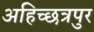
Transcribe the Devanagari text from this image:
अहिच्छत्रपुर